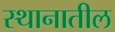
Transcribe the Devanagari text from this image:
स्थानातील